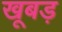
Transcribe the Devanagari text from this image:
खूबड़